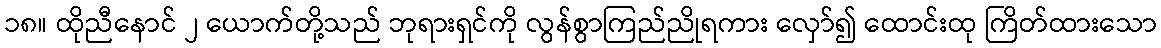
၁၈။ ထိုညီနောင် ၂ ယောက်တို့သည် ဘုရားရှင်ကို လွန်စွာကြည်ညိုရကား လှော်၍ ထောင်းထု ကြိတ်ထားသော